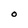
Character: O